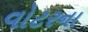
વોટરના